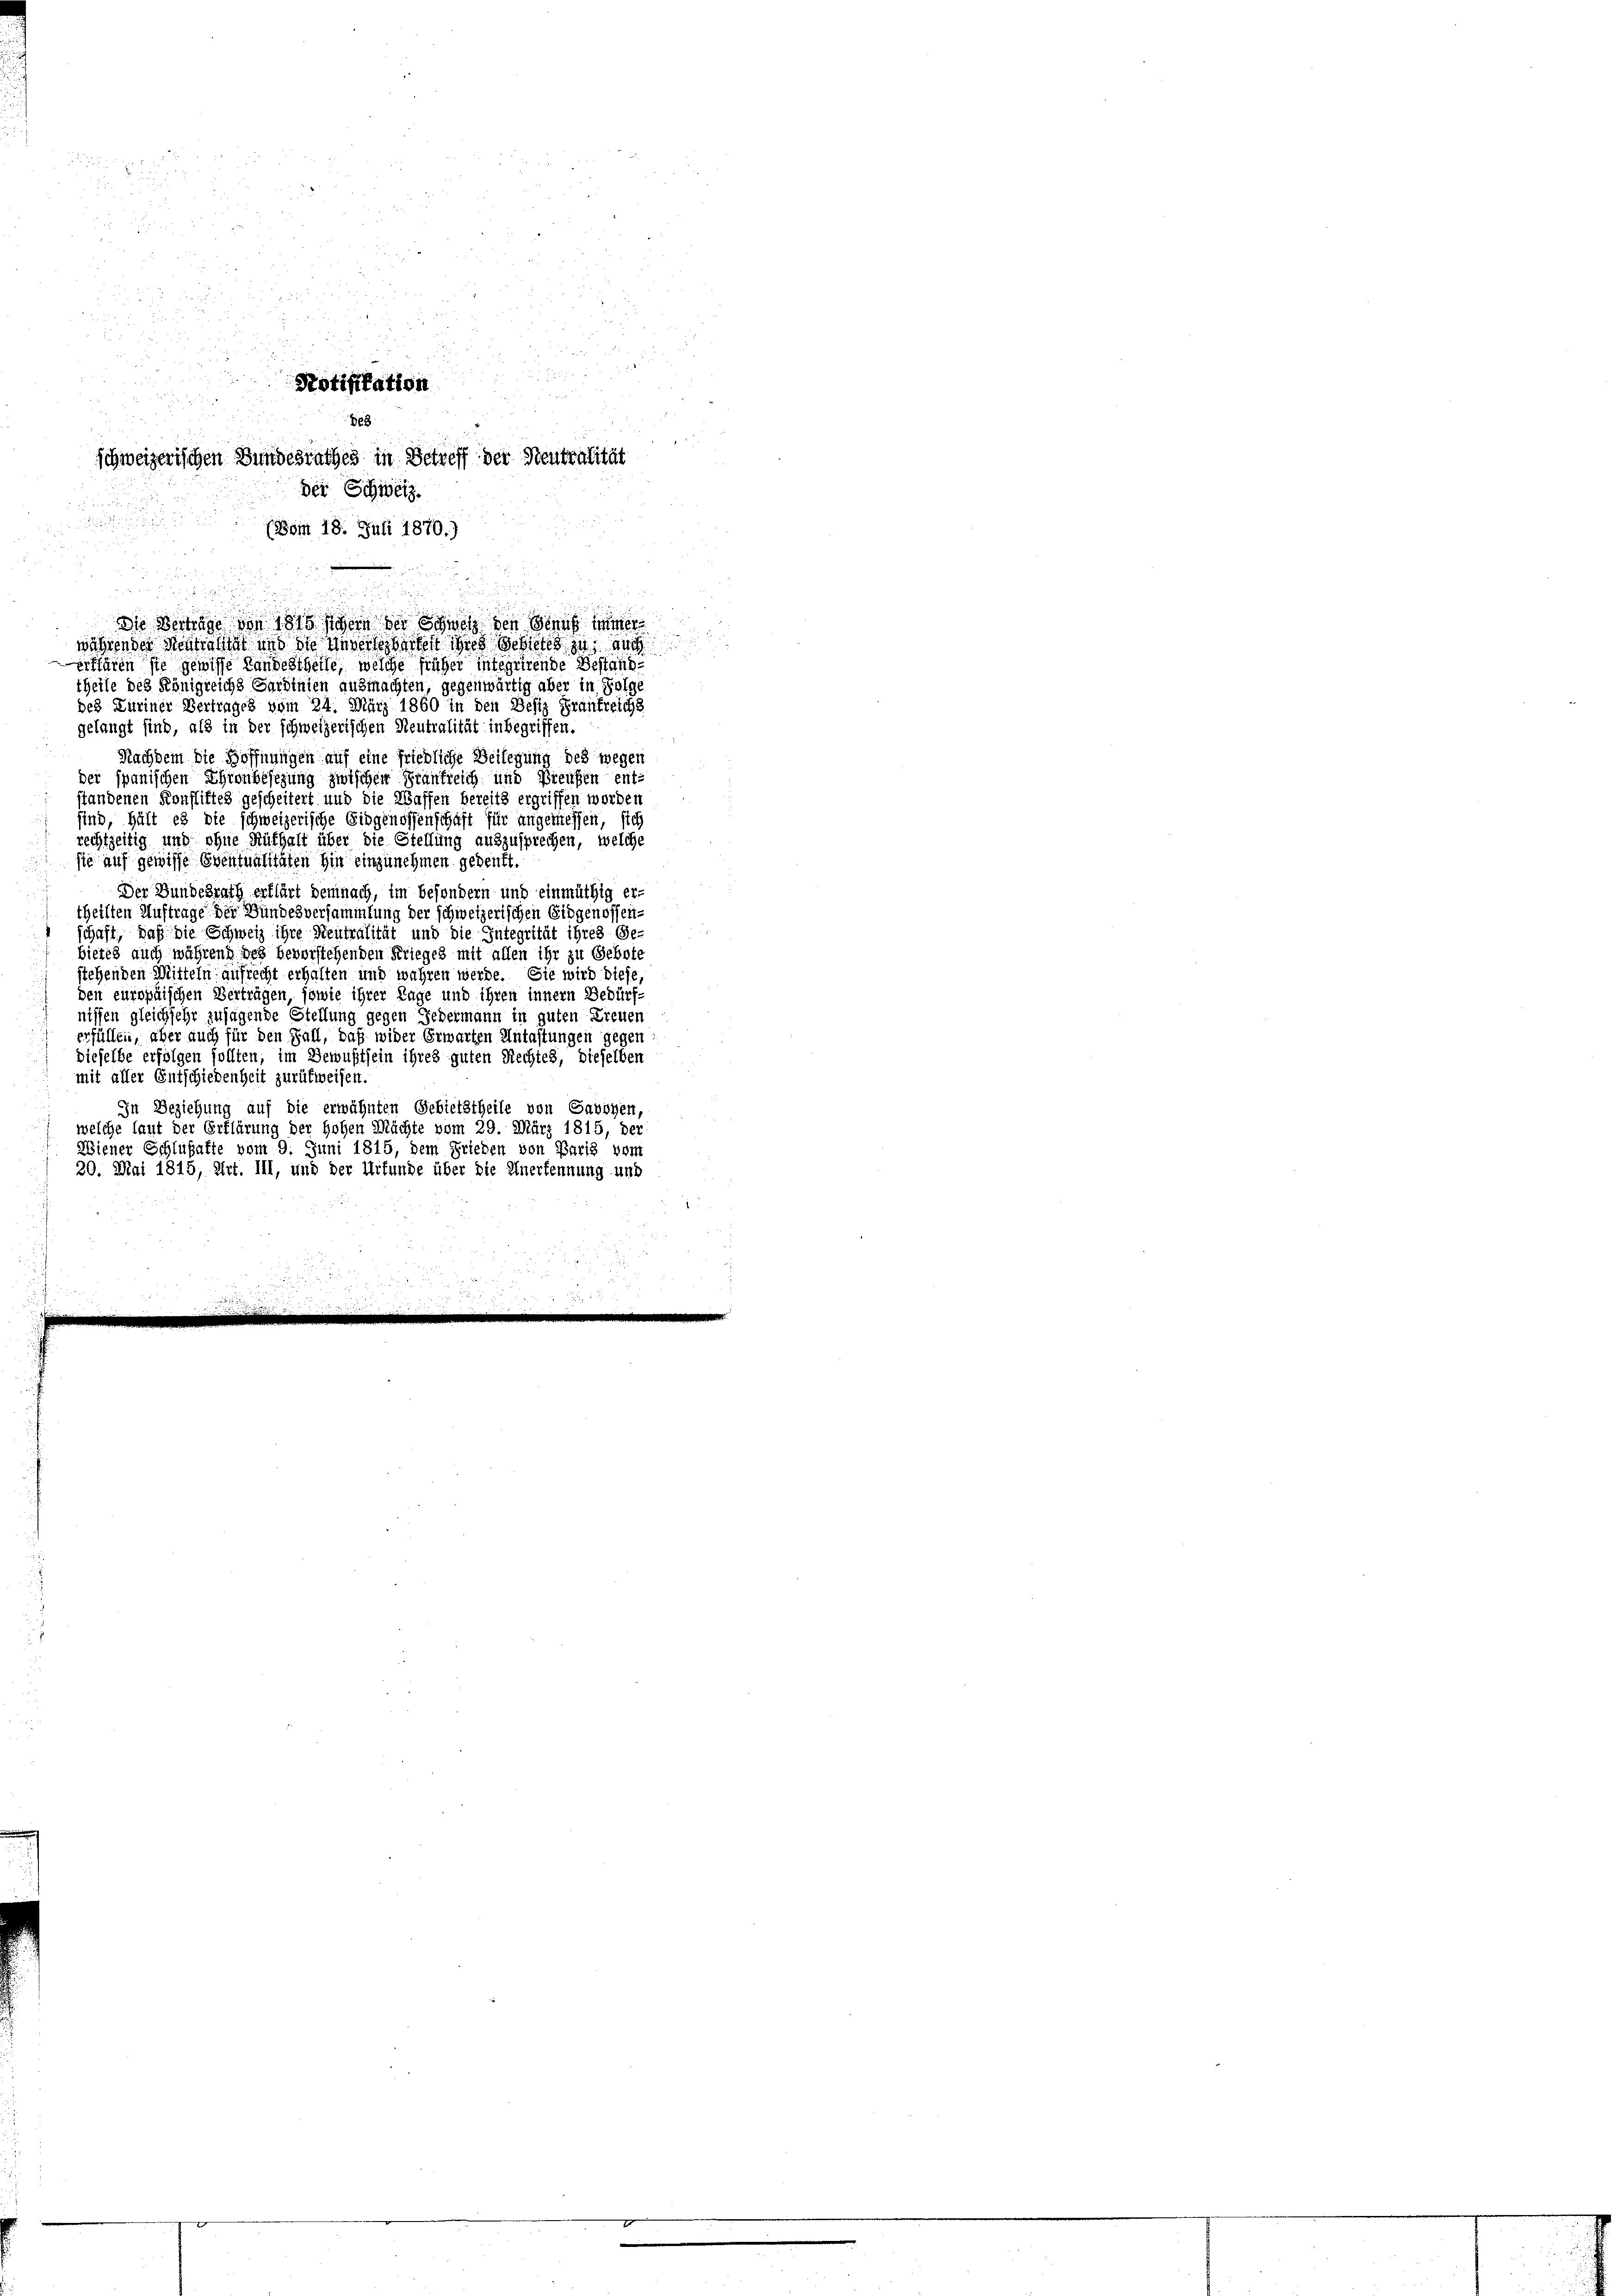
2

rffären sie gewisse Landestheile, welche früher integrirende Bestand-
theile des Königreichs Sardinien ausmachten, gegenwärtig aber in Folge
des Kuriner Vertrages vom 24. März 1860 in den Besiz Frankreichs
gelangt sind, als in der schweizerischen Neutralität inbegriffen.
Nachdem die Hoffnungen auf eine friedliche Beilegung des wegen
der spanischen Ehrenbesezung zwischen Frankreich und Preußen ent-
standenen Konfliktes gescheitert und die Waffen bereits ergriffen worden
sind, hält es die schweizerische Eidgenossenschaft für angemessen, sie
rechtzeitig und ohne Rüfhalt über die Stellung auszusprechen, welche
sie auf gewisse Eventualitäten hin einzunehmen gedenkt.
Der Bundesrath erklärt demnach, im besondern und einmüthig er-
theilten Auftrage der Bundesversammlung der schweizerischen Eidgenossenschaft, daß die Schweiz ihre Neutralität und die Integrität ihres Ge-
bietes auch während des bevorstehenden Krieges mit allen ihr zu Gebote
stehenden Mitteln aufrecht erhalten und wahren werde. Sie wird diese
den europäischen Verträgen, sowie ihrer Lage und ihren innern Bedürf-
nissen gleich sehr zusagende Stellung gegen Jedermann in guten Treuen
erfüllen, aber auch für den Fall, daß wider Erwarten Untastungen gegen
dieselbe erfolgen sollten, im Bewußtsein ihres guten Rechtes, dieselben
mit aller Entschiedenheit zurückweisen.
In Beziehung auf die erwähnten Gebietstheile von Savoyen,
welche laut der Erklärung der Hohen Mächte vom 29. März 1815, der
Wiener Schlußafte vom 9. Juni 1815, dem Frieden von Paris vom
20. Mai 1815, Art. III, und der Urfunde über die Unerkennung und

(Bom 18. Juli 1870.)

Potifikation

8
schweizerischen Bundesrathes in Betreff der Neutralität
Der Schweiz.

n
Die Verträge von 1810 sichern der Schweiz den Genug immer
währen der Neutralist und die indersehbartest die Gebietes zu, auch